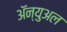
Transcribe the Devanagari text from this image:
ॲन्युअल